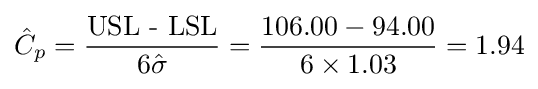
{\hat {C}}_{p}={\frac {\text{USL - LSL}}{6{\hat {\sigma }}}}={\frac {106.00-94.00}{6\times 1.03}}=1.94